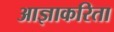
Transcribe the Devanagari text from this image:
आज्ञाकरिता